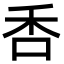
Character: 㕿